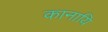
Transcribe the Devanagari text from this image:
कानायि